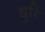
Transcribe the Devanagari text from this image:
धुरि